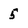
Character: 5